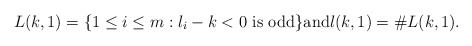
\begin{align*}L(k,1) = \{1 \leq i \leq m : l_i - k < 0 \textrm{ is odd}\}\textrm{and}l(k,1) = \#L(k,1).\end{align*}